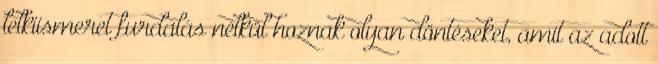
lelkiismeret furdalás nélkül hoznak olyan döntéseket, amit az adott